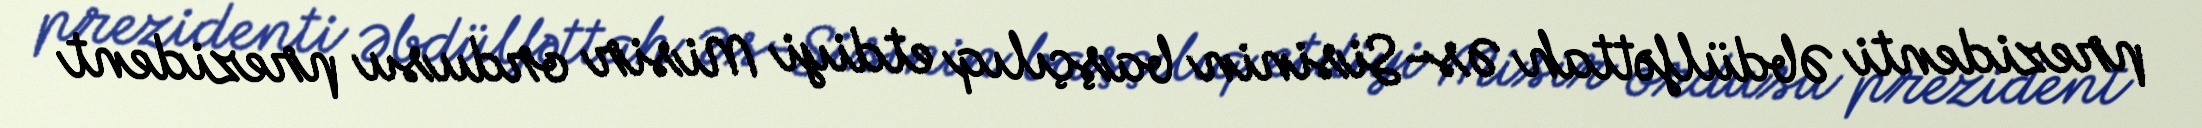
prezidenti Əbdülfəttah Əs-Sisinin başçılıq etdiyi Misir ordusu prezident